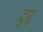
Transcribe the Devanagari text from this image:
टुयू